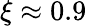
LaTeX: \xi\approx 0.9